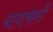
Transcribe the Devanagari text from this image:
चक्को